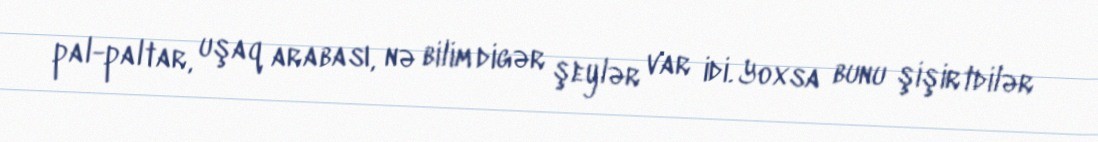
pal-paltar, uşaq arabası, nə bilim digər şeylər var idi. Yoxsa bunu şişirtdilər